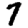
Digit: 7